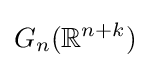
G_{n}(\mathbb {R} ^{n+k})